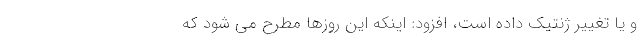
و یا تغییر ژنتیک داده است، افزود: اینکه این روزها مطرح می شود که